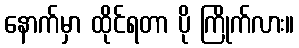
နောက်မှာ ထိုင်ရတာ ပို ကြိုက်လား။